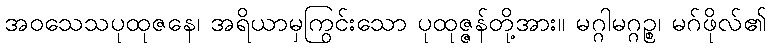
အဝသေသပုထုဇနေ၊ အရိယာမှကြွင်းသော ပုထုဇ္ဇန်တို့အား။ မဂ္ဂါမဂ္ဂဉ္စ၊ မဂ်ဖိုလ်၏